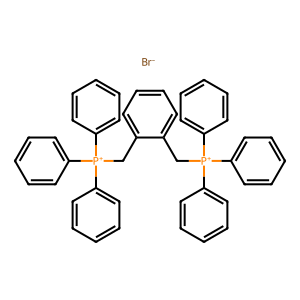
SMILES: [Br-].c1ccc([P+](Cc2ccccc2C[P+](c2ccccc2)(c2ccccc2)c2ccccc2)(c2ccccc2)c2ccccc2)cc1
Inhibits HIV replication: No